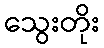
သွေးတိုး